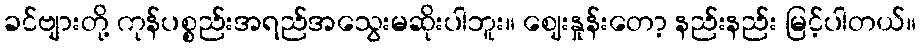
ခင်ဗျားတို့ ကုန်ပစ္စည်းအရည်အသွေးမဆိုးပါဘူး။ ဈေးနှုန်းတော့ နည်းနည်း မြင့်ပါတယ်။